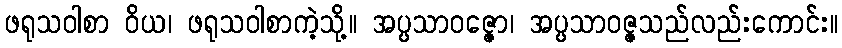
ဖရုသဝါစာ ဝိယ၊ ဖရုသဝါစာကဲ့သို့။ အပ္ပသာဝဇ္ဇော၊ အပ္ပသာဝဇ္ဇသည်လည်းကောင်း။